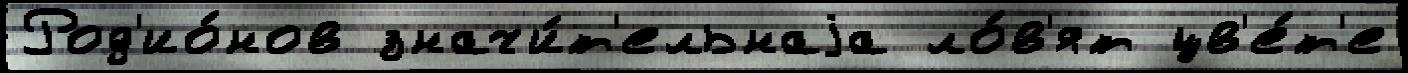
Род'ио́нов значи́т'ельнаjа ло́в'ят цв'е́т'е